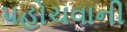
પહોચવાની